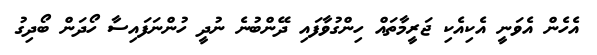
އެހެން އެވަނީ އެކިއެކި ޖަރީމާތައް ހިންގުވާފައި ދޭންބުނެ ނުދީ ހުންނަފައިސާ ހޯދަން ބޯދިގު